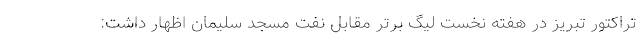
تراکتور تبریز در هفته نخست لیگ برتر مقابل نفت مسجد سلیمان اظهار داشت: